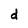
Character: d